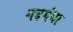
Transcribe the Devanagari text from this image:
मदगंधा